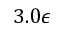
3 . 0 \epsilon